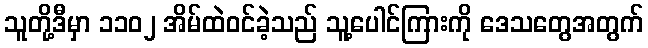
သူတို့ဒီမှာ ၁၁၀၂ အိမ်ထဲဝင်ခဲ့သည် သူ့ပေါင်ကြားကို ဒေသတွေအတွက်